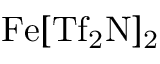
\mathrm { F e [ T f _ { 2 } N ] _ { 2 } }